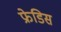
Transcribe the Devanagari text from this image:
फ्रेडिस